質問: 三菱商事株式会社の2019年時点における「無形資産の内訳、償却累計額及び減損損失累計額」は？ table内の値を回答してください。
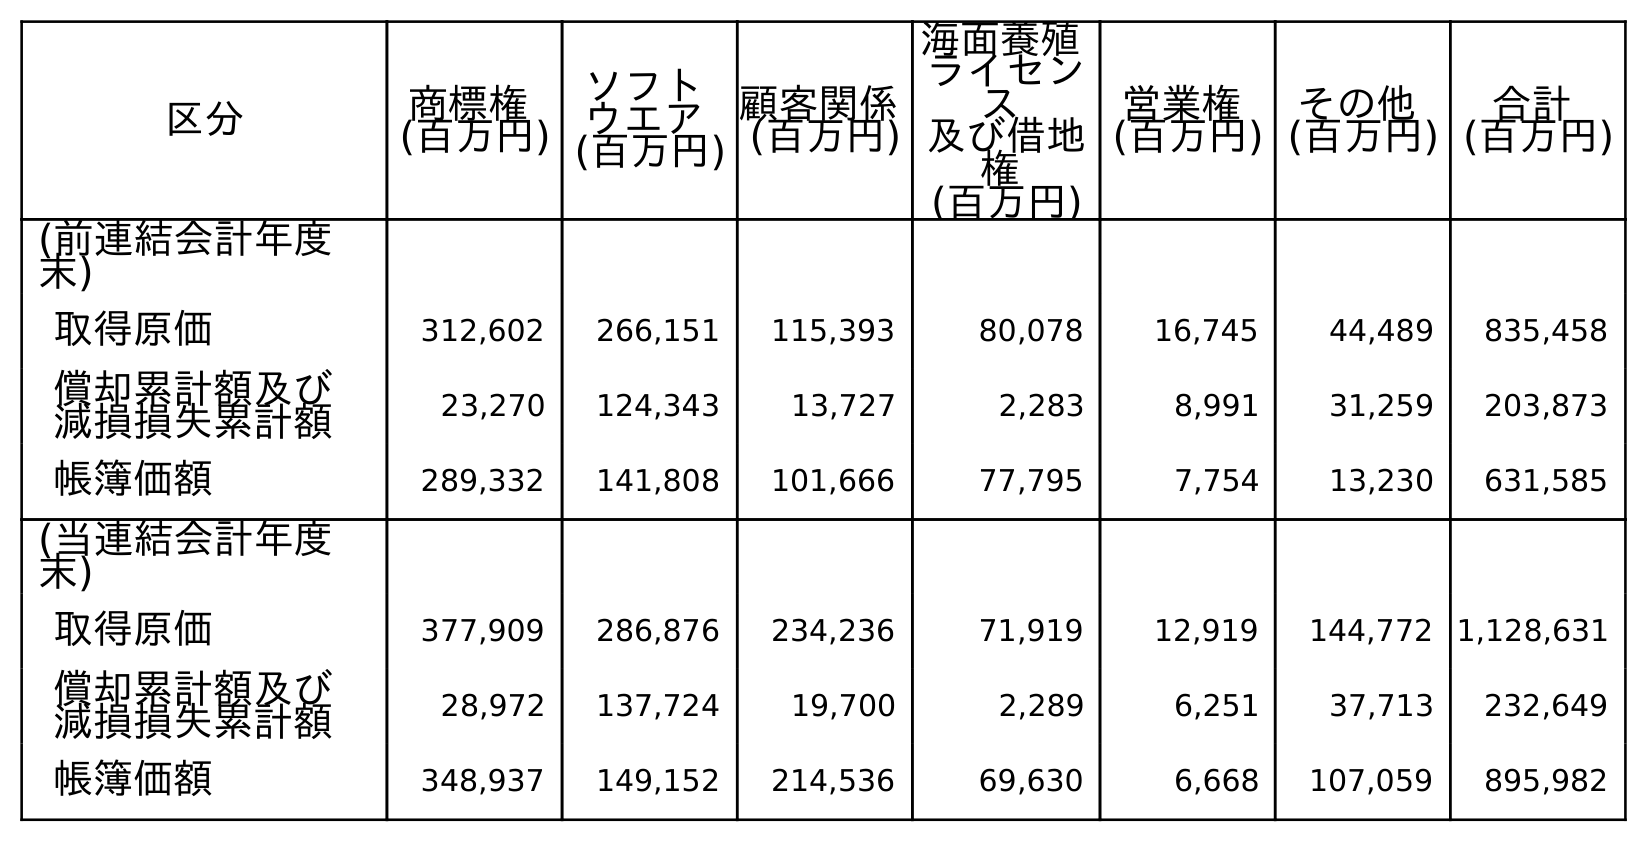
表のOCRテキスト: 区分 商標権 (百万円) ソフト ウエア (百万円) 顧客関係 (百万円) 海面養殖 ライセン ス 及び借地 権 (百万円) 営業権 (百万円) その他 (百万円) 合計 (百万円) (前連結会計年度 末) 取得原価 312,602 266,151 115,393 80,078 16,745 44,489 835,458 償却累計額及び 減損損失累計額 23,270 124,343 13,727 2,283 8,991 31,259 203,873 帳簿価額 289,332 141,808 101,666 77,795 7,754 13,230 631,585 (当連結会計年度 末) 取得原価 377,909 286,876 234,236 71,919 12,919 144,772 1,128,631 償却累計額及び 減損損失累計額 28,972 137,724 19,700 2,289 6,251 37,713 232,649 帳簿価額 348,937 149,152 214,536 69,630 6,668 107,059 895,982
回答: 203,873